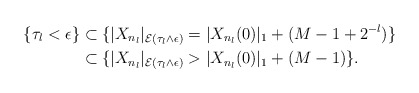
\begin{align*}\{ \tau_l < \epsilon \} &\subset \{ |X_{n_l}|_{\mathcal{E}(\tau_l \wedge \epsilon)} = |X_{n_l}(0)|_1 + ( M - 1 + 2^{-l}) \}\\ & \subset \{ |X_{n_l}|_{\mathcal{E}( \tau_l \wedge \epsilon )} > |X_{n_l}(0)|_1 + (M-1) \}.\end{align*}